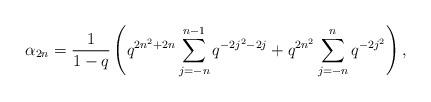
LaTeX: \begin{align*} \alpha_{2n} = \frac{1}{1-q}\left(q^{2n^2+2n}\sum_{j=-n}^{n-1}q^{-2j^2-2j} + q^{2n^2}\sum_{j=-n}^{n} q^{-2j^2}\right),\end{align*}